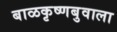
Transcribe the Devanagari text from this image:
बाळकृष्णबुवाला